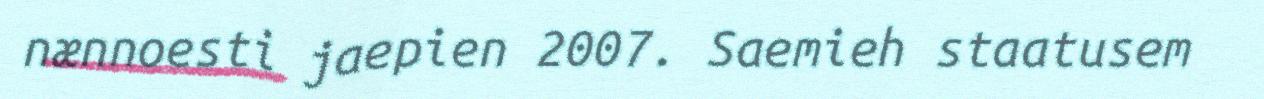
nænnoesti jaepien 2007. Saemieh staatusem